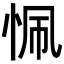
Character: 𢙜